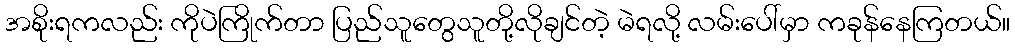
အစိုးရကလည်း ကိုပဲကြိုက်တာ ပြည်သူတွေသူတို့လိုချင်တဲ့ မဲရလို့ လမ်းပေါ်မှာ ကခုန်နေကြတယ်။